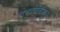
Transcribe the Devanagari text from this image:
प्रभावविज्ञान